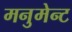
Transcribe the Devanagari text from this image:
मनुमेन्ट